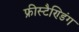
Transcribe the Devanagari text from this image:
फ्रीस्टैण्डिंग